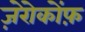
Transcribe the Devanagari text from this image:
ज़ेरोकोंफ़